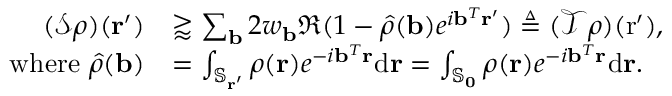
\begin{array} { r l } { ( \mathcal { S } \rho ) ( \mathbf { r } ^ { \prime } ) } & { \gtrapprox \sum _ { \mathbf { b } } 2 w _ { \mathbf { b } } \Re ( 1 - \hat { \rho } ( \mathbf { b } ) e ^ { i \mathbf { b } ^ { T } \mathbf { r } ^ { \prime } } ) \triangleq ( \mathcal { T } \rho ) ( \mathrm { r } ^ { \prime } ) , } \\ { \mathrm { w h e r e ~ } \hat { \rho } ( \mathbf { b } ) } & { = \int _ { \mathbb { S } _ { \mathbf { r } ^ { \prime } } } \rho ( \mathbf { r } ) e ^ { - i \mathbf { b } ^ { T } \mathbf { r } } \mathrm { d } \mathbf { r } = \int _ { \mathbb { S } _ { \mathbf { 0 } } } \rho ( \mathbf { r } ) e ^ { - i \mathbf { b } ^ { T } \mathbf { r } } \mathrm { d } \mathbf { r } . } \end{array}